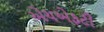
એચએફટી